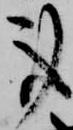
事